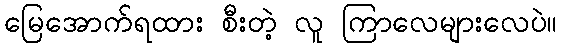
မြေအောက်ရထား စီးတဲ့ လူ ကြာလေများလေပဲ။